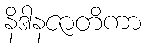
နိဒါနဇာတိကာ